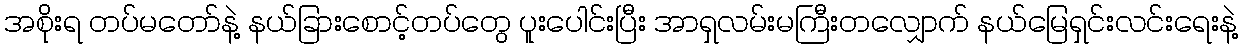
အစိုးရ တပ်မတော်နဲ့ နယ်ခြားစောင့်တပ်တွေ ပူးပေါင်းပြီး အာရှလမ်းမကြီးတလျှောက် နယ်မြေရှင်းလင်းရေးနဲ့